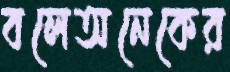
বলেঅনেকের